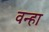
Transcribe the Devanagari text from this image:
वन्हा